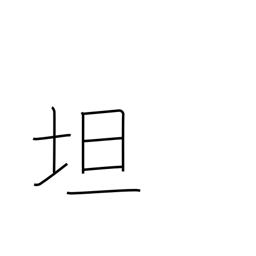
Meaning: level